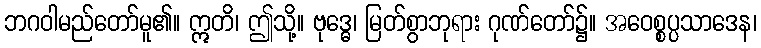
ဘဂဝါမည်တော်မူ၏။ ဣတိ၊ ဤသို့။ ဗုဒ္ဓေ၊ မြတ်စွာဘုရား ဂုဏ်တော်၌။ အဝေစ္စပ္ပသာဒေန၊